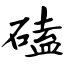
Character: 磕